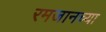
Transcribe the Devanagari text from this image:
रमजानच्या